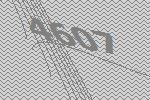
4607